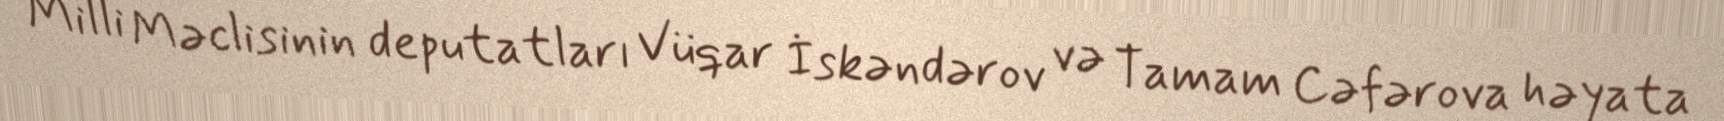
Milli Məclisinin deputatları Vüqar İskəndərov və Tamam Cəfərova həyata